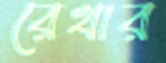
রেখার